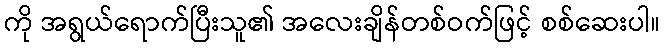
ကို အရွယ်ရောက်ပြီးသူ၏ အလေးချိန်တစ်ဝက်ဖြင့် စစ်ဆေးပါ။